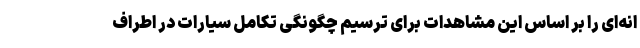
انه‌ای را بر اساس این مشاهدات برای ترسیم چگونگی تکامل سیارات در اطراف